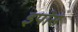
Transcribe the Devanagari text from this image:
इपोस